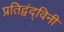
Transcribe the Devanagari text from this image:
प्रतिद्वंद्विनी